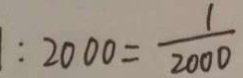
1 : 2 0 0 0 = \frac { 1 } { 2 0 0 0 }